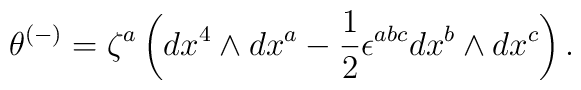
\theta^{(-)}=\zeta^a\left(dx^4\wedge dx^a-\frac{1}{2}\epsilon^{abc}dx^b\wedge dx^c\right).